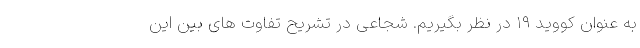
به عنوان کووید ۱۹ در نظر بگیریم. شجاعی در تشریح تفاوت های بین این